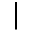
\vert